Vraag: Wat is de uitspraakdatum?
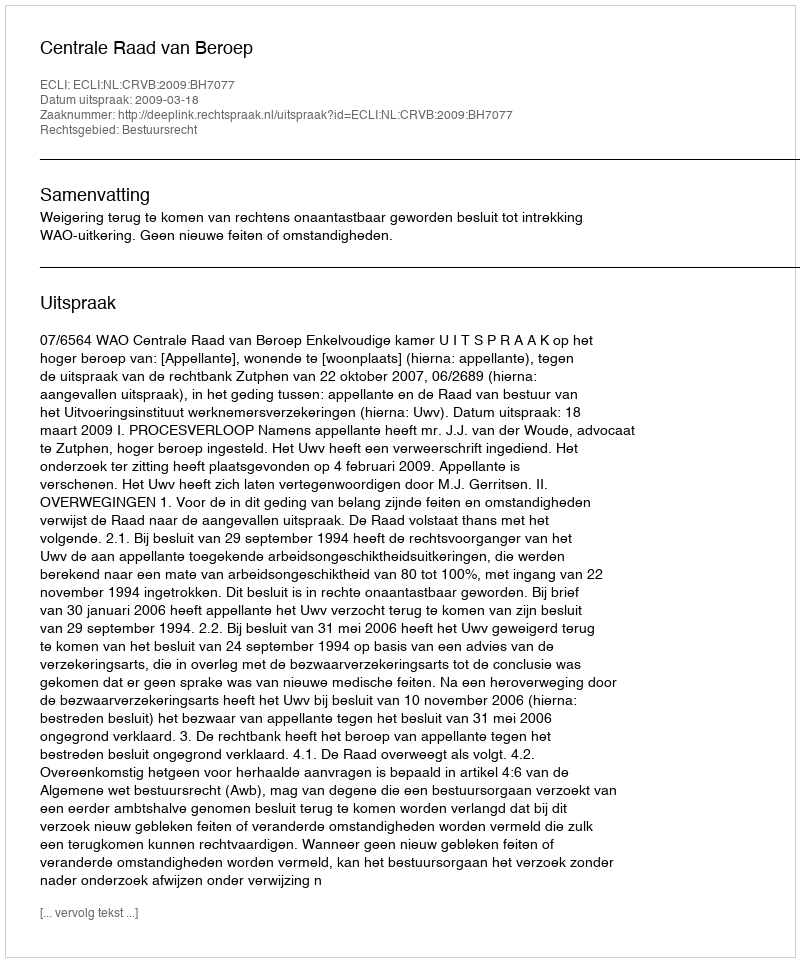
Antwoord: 2009-03-18